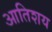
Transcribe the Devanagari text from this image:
आतिशय